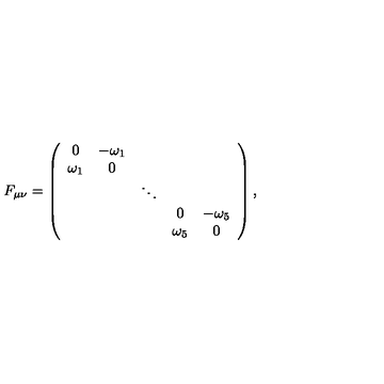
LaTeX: F _ { \mu \nu } = \left( \begin{array} { c c c c c } { 0 } & { - \omega _ { 1 } } & { } & { } & { } \\ { \omega _ { 1 } } & { 0 } & { } & { } & { } \\ { } & { } & { \ddots } & { } & { } \\ { } & { } & { } & { 0 } & { - \omega _ { 5 } } \\ { } & { } & { } & { \omega _ { 5 } } & { 0 } \\ \end{array} \right) ,